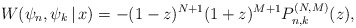
\begin{gather*} W( \psi _{n},\psi _{k}\,|\, x) =-(1-z) ^{N+1}( 1+z) ^{M+1}P_{n,k}^{(N,M) }(z) ,\end{gather*}